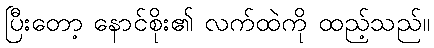
ပြီးတော့ နောင်စိုး၏ လက်ထဲကို ထည့်သည်။